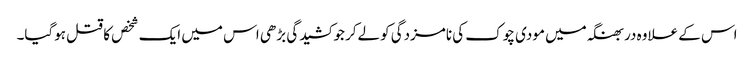
اس کے علاوہ دربھنگہ میں مودی چوک کی نامزدگی کولےکر جو کشیدگی بڑھی اس میں ایک شخص کا قتل ہوگیا۔